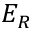
E _ { R }